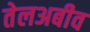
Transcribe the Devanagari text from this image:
तेलअबीव